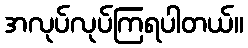
အလုပ်လုပ်ကြရပါတယ်။